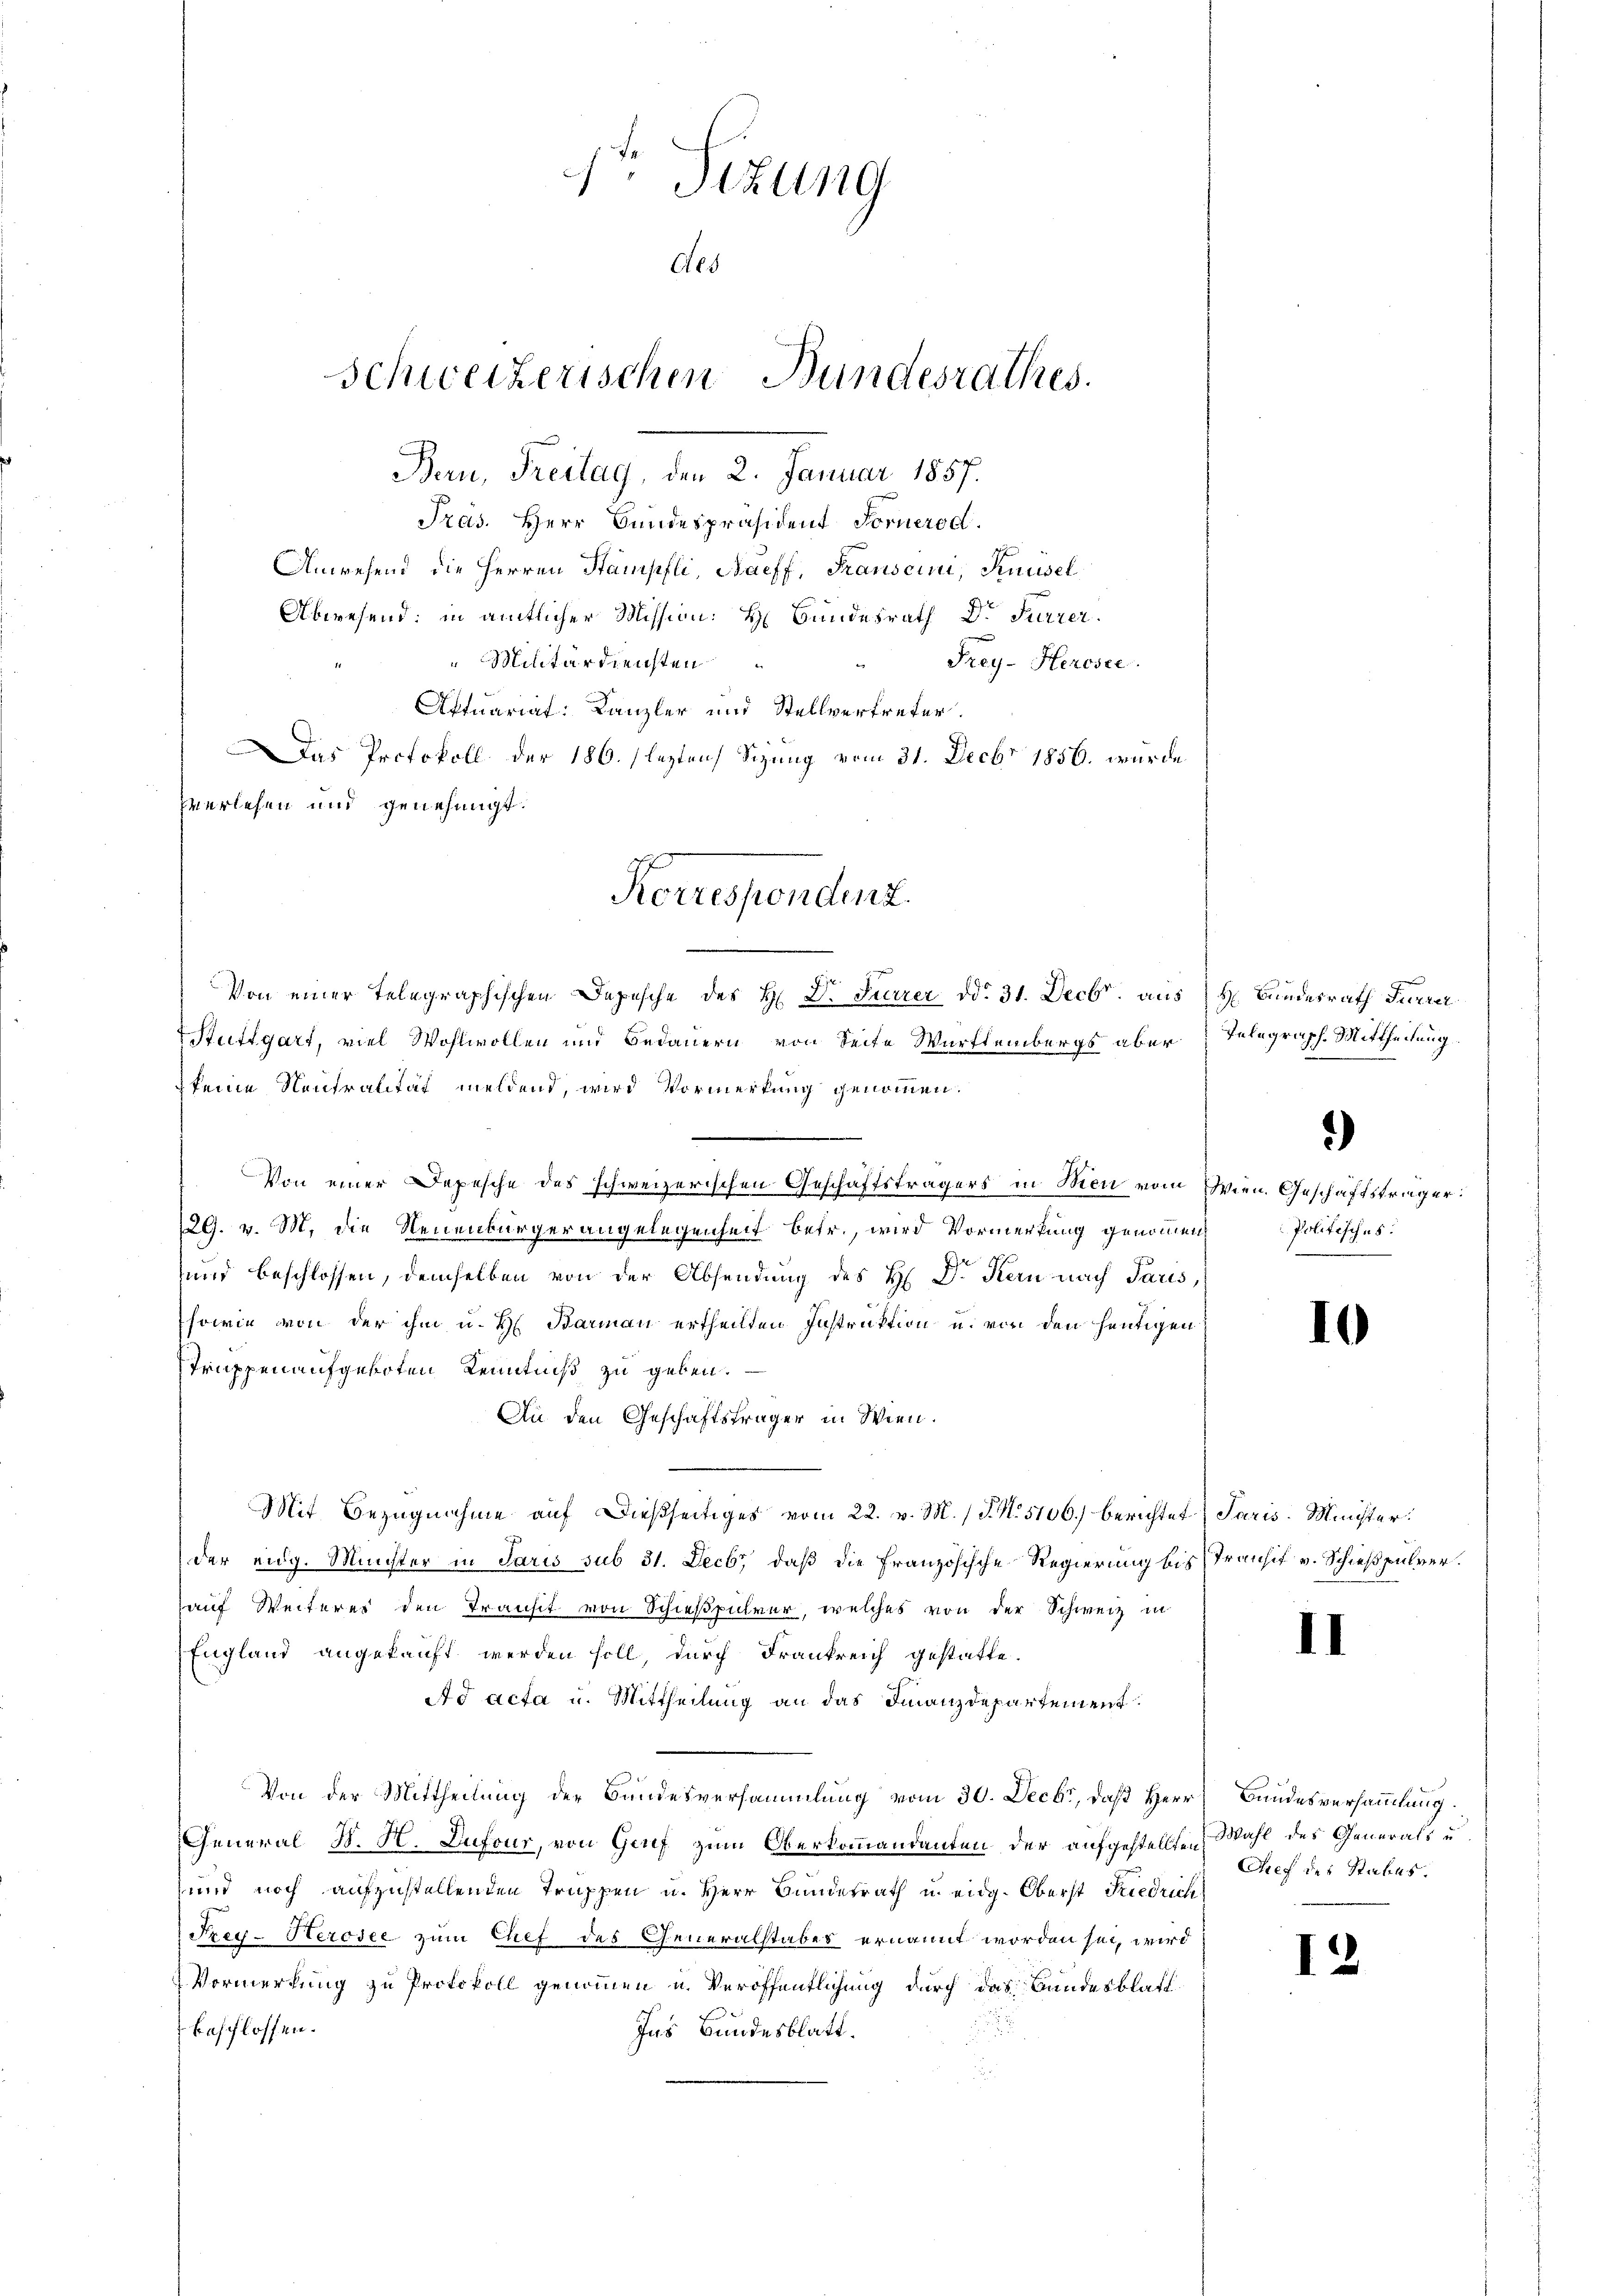
1. Sizung
Aes

Schweizerischen Bundesrathes.

Bau, Freitag, den 2. Januar 1857.
Pras. Herr Bundespräsident Fornerod.
Anwesend die Herren Stampfli, Naeff, Transcini, Knüsel
Abwesend: in amtlicher Mission: H. Bundesrath Dr Furrer.
"Militärdiensten
Frey- Herosee.
Aktuariat: Kanzler und Stellvertreter.
Das Protokoll der 186. flezten Sizung vom 31. Decbr 1856. wurde
zverlesen und genehmigt.

Korrespondenz

Von einer Telegraphischen Depesche des H. Dr. Furrer dd. 31. Decbr. aus H. Bundesrath Inerer
Stuttgart, viel Wohlwollen und Bedauern von Seite Württembergs aber Telegraph. Mittheilung
keine Neutralität meldend, wird Vormerkung genommen.
Von einer Depesche des schweizerischen Geschäftsträgers in Wien vom Wien. Geschäftsträger:
129. v. M. die Neuenbürgerangelegenheit betr., wird Vormerkung genommen Politisches.
und beschlossen, demselben von der Absendung des H. Dr Kern nach Paris,
sowie von der ihm u. H. Barman ertheilten Instruktion u. von den heutigen
Struppen aufgeboten Kenntniß zu geben.
An den Geschäftsträger in Wien.
Mit Bezugnahme auf dießseitiges vom 22. v. M. (T. No. 5106) berichtet Paris Minister
der eidg. Minister in Paris sub 31. Decbr, daß die Französische Regierung bis Transit v. Schießpulver.
auf Weiterer den Transit von Schießpulver, welches von der Schweiz in
England angekauft werden soll, durch Frankreich gestatte.
Ad acta u. Mittheilung an das Finanzdepartement
Von der Mittheilung der Bandesversammlung vom 30. Decbr, daß Herr Bundesversammlung.
General S. H. Dufour, von Genf zum Oberkommandanten der aufgestellten Wahl des Generals u
und noch aufzustellenden Truppen u. Herr Bundesrath u. eidg. Oberst Friedrich
Frey-Herosee zum Chef des Generalstabes ernannt worden sei, wird
Vormerkung zu Protokoll genommen u. Veröffentlichung durch das Bundesblatt
beschlossen:
Ins Bundesblatt.

II

)

Dref des Status.

12